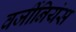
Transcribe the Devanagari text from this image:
वर्जीनियंस